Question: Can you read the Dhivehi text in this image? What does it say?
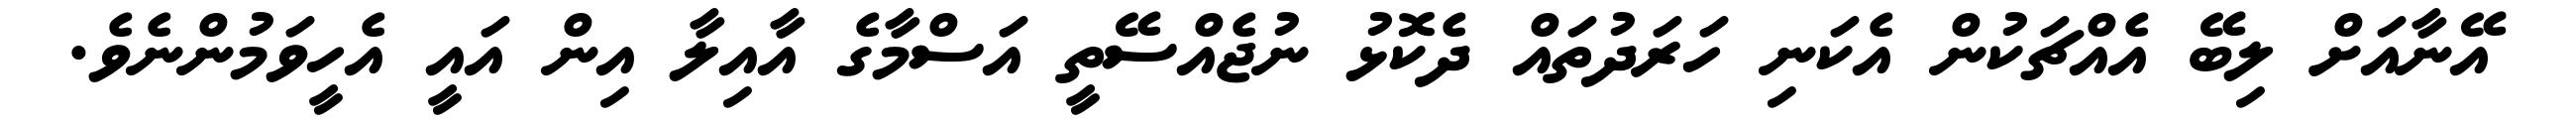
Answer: އޭނާއަށް ލިބޭ އެއްޗަކުން އެކަނި ހަރަދުތައް ދެކޮޅު ނުޖެއްސޭތީ އަސްމާގެ އާއިލާ އިން އައީ އެހީވަމުންނެވެ.